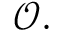
{ \mathcal { O } } .